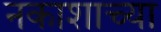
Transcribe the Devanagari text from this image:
नकाशाच्या